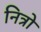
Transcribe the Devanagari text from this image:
नित्रो